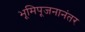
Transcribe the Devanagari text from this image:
भूमिपूजनानंतर